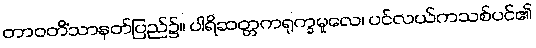
တာဝတိံသာနတ်ပြည်၌။ ပါရိဆတ္တကရုက္ခမူလေ၊ ပင်လယ်ကသစ်ပင်၏